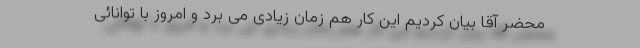
محضر آقا بیان کردیم این کار هم زمان زیادی می برد و امروز با توانائی